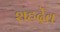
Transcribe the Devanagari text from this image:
शहर्देव